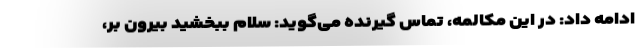
ادامه داد: در این مکالمه، تماس گیرنده می‌گوید: سلام ببخشید بیرون بر،